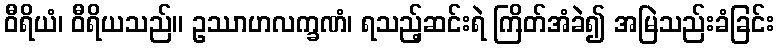
ဝီရိယံ၊ ဝီရိယသည်။ ဥဿာဟလက္ခဏံ၊ ရသည့်ဆင်းရဲ ကြိတ်အံခဲ၍ အမြဲသည်းခံခြင်း